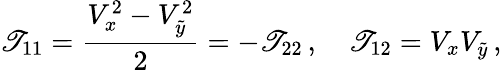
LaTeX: \mathscr{T}_{11}=\frac{{V_{x}^{2}-V_{\tilde{{y}}}^{2}}}{2}=-\mathscr{T}_{22}\, ,\quad\mathscr{T}_{12}=V_{x}V_{\tilde{{y}}}\, ,